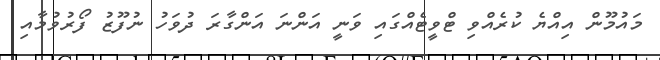
މައުމޫން އިއްޔެ ކުރެއްވި ޓްވީޓެއްގައި ވަނީ އަންނަ އަންގާރަ ދުވަހު ނުފޫޒު ފޯރުވުމާއި